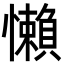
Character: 懶